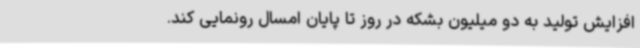
افزایش تولید به دو میلیون بشکه در روز تا پایان امسال رونمایی کند.